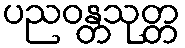
ပညဝန္တသုတ္တ